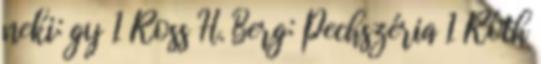
neki: gy 1 Ross H. Berg: Pechszéria 1 Róth